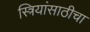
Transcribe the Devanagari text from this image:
स्त्रियांसाठीचा